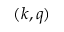
( k , q )